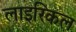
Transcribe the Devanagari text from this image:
लाइरिकल